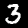
Label: 3